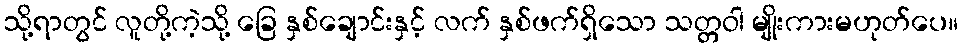
သို့ရာတွင် လူတို့ကဲ့သို့ ခြေ နှစ်ချောင်းနှင့် လက် နှစ်ဖက်ရှိသော သတ္တဝါ မျိုးကားမဟုတ်ပေ။